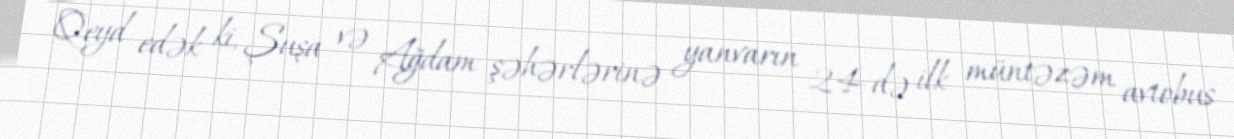
Qeyd edək ki, Şuşa və Ağdam şəhərlərinə yanvarın 24-də ilk müntəzəm avtobus